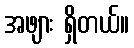
အဖျား ရှိတယ်။